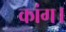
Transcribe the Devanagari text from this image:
कांग।